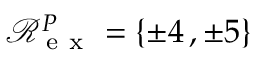
\mathcal R _ { \mathrm { ~ e ~ x ~ } } ^ { P } = \{ \pm 4 \, , \pm 5 \}